Annual administration report of the Civil Veterinary Department, Sind - 1944-1945
Year: 1944
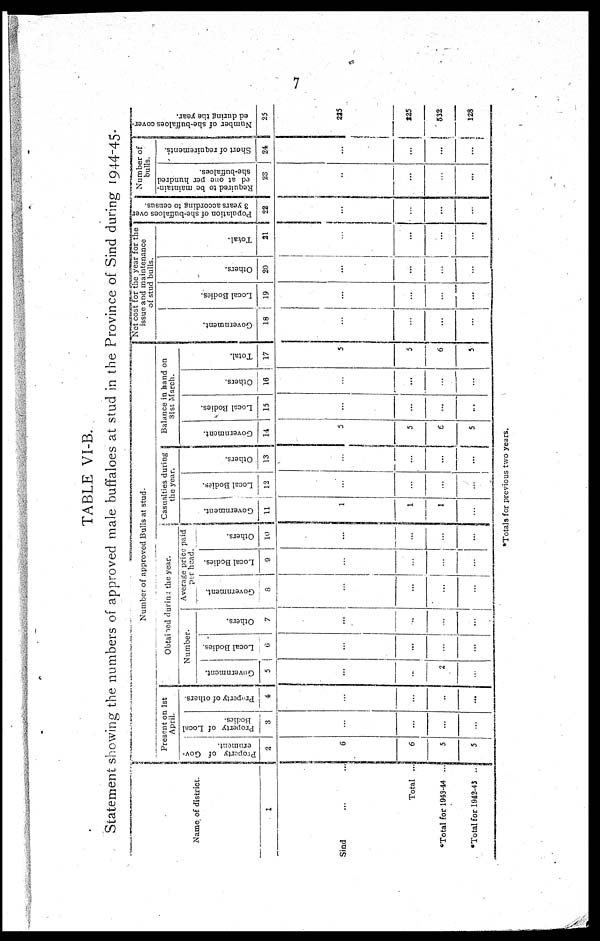
7
TABLE VI-B.
Statement showing the numbers of approved male buffaloes at stud in the Province of Sind during 1944-45.
Name of district.
1
Sind ... ...
Total ...
*Total for 1943-44 ...
*Total for 1942-43 ..
Number of approved Bulls at stud.
Present on 1st
April.
Property of Gov-
ernment.
2
6
6
5
5
Property of Local
Bodies.
3
...
...
...
...
Property of others.
4
...
...
...
...
Obtained during the year.
Number.
Government.
5
...
...
2
...
Local Bodies.
6
...
...
...
...
Others.
7
...
...
...
...
Average price paid
per head.
Government.
8
...
...
...
...
Local Bodies.
9
...
...
...
...
Others.
10
...
...
...
...
Casualties during
the year.
Go v e r
n me n t.
11
1
1
1
...
Local Bodies.
12
...
...
...
...
Others.
13
...
...
...
...
Balance in hand on
31st March.
Go v e r
n me n t.
14
5
5
6
5
Local Bodies.
15
...
...
...
...
Others.
16
...
...
...
...
Tot al .
17
5
5
6
5
Net cost for the year for the
issue and maintenance
of stud bulls.
Go v e r
n me n t.
18
...
...
...
...
Local Bodies.
19
...
...
...
...
Ot her s .
20
...
...
...
...
Total.
21
...
...
...
...
Population of she-buffaloes over
3 years according to census.
22
...
...
...
...
Number of
bulls.
Required to be maintain-
ed at one per hundred
she-buffaloes.
23
...
...
...
...
Short of requirements.
24
...
...
...
...
Number of she-buffaloes cover-
ed during the year.
25
225
225
532
128
*Totals for previous two years.